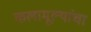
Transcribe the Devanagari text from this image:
कलामूल्यांचा